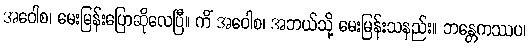
အဝေါစ၊ မေးမြန်းပြောဆိုလေပြီ။ ကိံ အဝေါစ၊ အဘယ်သို့ မေးမြန်းသနည်း။ ဘန္တေကဿပ၊